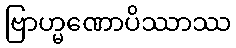
ဗြာဟ္မဏောပိဿာဿ